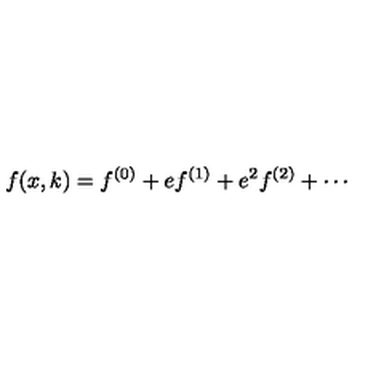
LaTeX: f ( x , k ) = f ^ { ( 0 ) } + e f ^ { ( 1 ) } + e ^ { 2 } f ^ { ( 2 ) } + \cdots